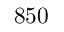
8 5 0